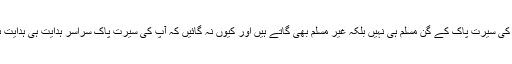
آپؐ کی سیرت پاک کے گن مسلم ہی نہیں بلکہ غیر مسلم بھی گاتے ہیں اور کیوں نہ گائیں کہ آپؐ کی سیرت پاک سراسر ہدایت ہی ہدایت ہے۔